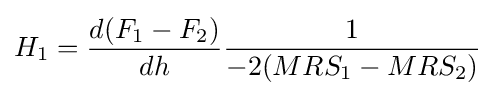
H_{1}={\frac {d(F_{1}-F_{2})}{dh}}{\frac {1}{-2(MRS_{1}-MRS_{2})}}